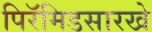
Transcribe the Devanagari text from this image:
पिरॅमिडसारखे